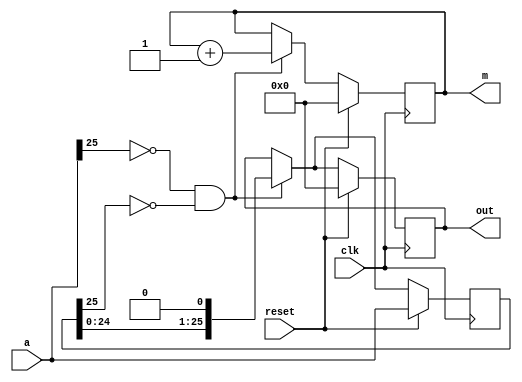
`timescale 1ns / 1ps
//////////////////////////////////////////////////////////////////////////////////
// Company: 
// Engineer: 
// 
// Design Name: 
// Module Name:    sp 
// Project Name: 
// Target Devices: 
// Tool versions: 
// Description: 
//
// Dependencies: 
//
// Revision: 
// Revision 0.01 - File Created
// Additional Comments: 
//
//////////////////////////////////////////////////////////////////////////////////


//////////////////////////////////////////////////////////////////////////////////
// Company: 
// Engineer: 
// 
// Design Name: 
// Module Name:    nleftshit 
// Project Name: 
// Target Devices: 
// Tool versions: 
// Description: 
//
// Dependencies: 
//
// Revision: 
// Revision 0.01 - File Created
// Additional Comments: 
//
//////////////////////////////////////////////////////////////////////////////////
module nleftshift( clk,reset,a,out,m);
 parameter width= 26;
input [width-1:0] a;
input clk,reset;
//wire j[25:0];
output  [width-1:0]out;
output reg [width-1:0]m;
reg [width-1:0]k,s;
 //reg n=25'b0;
//integer i;
//assign s=a;
always@( posedge clk)
begin
if(reset)
begin
s=a;
m=25'b0;
k=25'b0;

end
else if(a[width-1]==0 && s[width-1]==0)
begin
 k=s<<1;
 s=k;
 m=m+1'b1;
 //n=m;
 end
 else
 s=k;
 
 
 end    //end f
   //end always
assign out=k;

endmodule